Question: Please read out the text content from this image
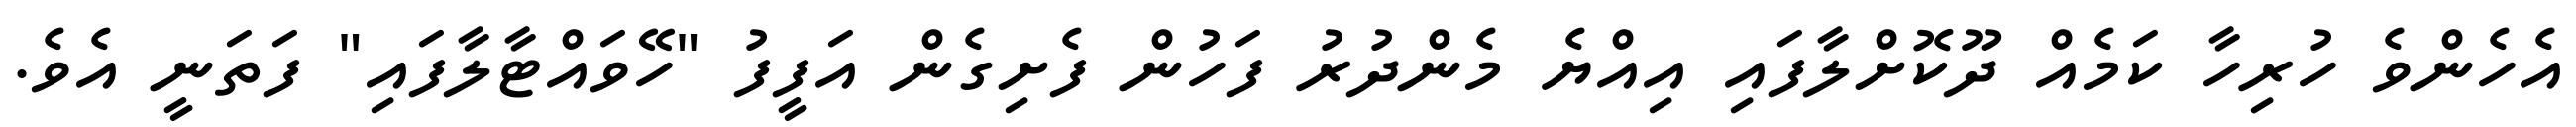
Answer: އެހެންވެ ހުރިހާ ކަމެއް ދޫކޮށްލާފައި އިއްޔެ މެންދުރު ފަހުން ފެށިގެން އަފީފު "ހޭވައްޓާލާފައި" ފަތަނީ އެވެ.